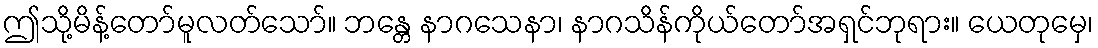
ဤသို့မိန့်တော်မူလတ်သော်။ ဘန္တေ နာဂသေနာ၊ နာဂသိန်ကိုယ်တော်အရှင်ဘုရား။ ယေတုမှေ၊